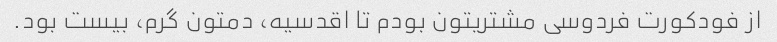
از فودکورت فردوسی مشتریتون بودم تا اقدسیه، دمتون گرم، بیست بود.